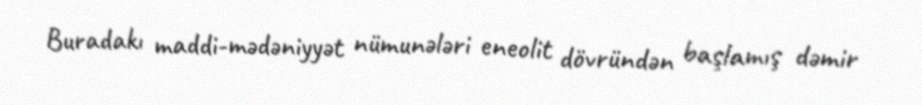
Buradakı maddi-mədəniyyət nümunələri eneolit dövründən başlamış dəmir